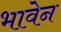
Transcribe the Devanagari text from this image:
भावेन